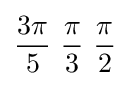
{3\pi  \over 5}\ {\pi  \over 3}\ {\pi  \over 2}